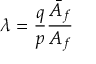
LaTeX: \lambda = \frac { q } { p } \frac { \bar { A } _ { f } } { A _ { f } }